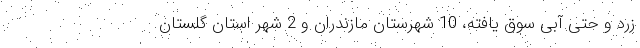
زرد و حتی آبی سوق یافته، 10 شهرستان مازندران و 2 شهر استان گلستان